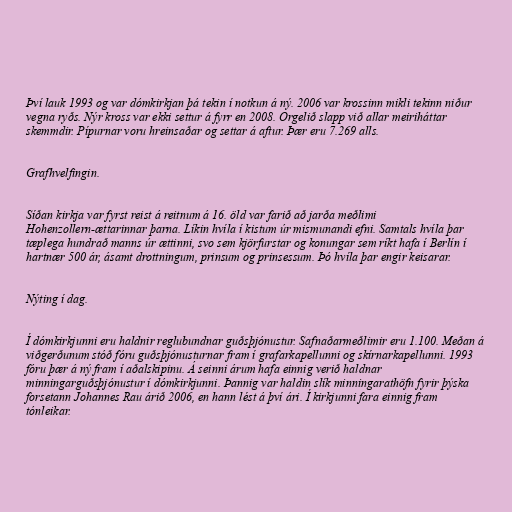
Því lauk 1993 og var dómkirkjan þá tekin í notkun á ný. 2006 var krossinn mikli tekinn niður
vegna ryðs. Nýr kross var ekki settur á fyrr en 2008. Orgelið slapp við allar meiriháttar
skemmdir. Pípurnar voru hreinsaðar og settar á aftur. Þær eru 7.269 alls.

Grafhvelfingin.

Síðan kirkja var fyrst reist á reitnum á 16. öld var farið að jarða meðlimi
Hohenzollern-ættarinnar þarna. Líkin hvíla í kistum úr mismunandi efni. Samtals hvíla þar
tæplega hundrað manns úr ættinni, svo sem kjörfurstar og konungar sem ríkt hafa í Berlín í
hartnær 500 ár, ásamt drottningum, prinsum og prinsessum. Þó hvíla þar engir keisarar.

Nýting í dag.

Í dómkirkjunni eru haldnir reglubundnar guðsþjónustur. Safnaðarmeðlimir eru 1.100. Meðan á
viðgerðunum stóð fóru guðsþjónusturnar fram í grafarkapellunni og skírnarkapellunni. 1993
fóru þær á ný fram í aðalskipinu. Á seinni árum hafa einnig verið haldnar
minningarguðsþjónustur í dómkirkjunni. Þannig var haldin slík minningarathöfn fyrir þýska
forsetann Johannes Rau árið 2006, en hann lést á því ári. Í kirkjunni fara einnig fram
tónleikar.